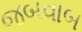
જબવાબ